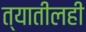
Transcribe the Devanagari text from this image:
त्यातीलही